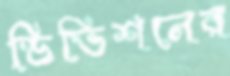
ডিভিশনের